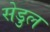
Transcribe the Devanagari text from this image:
सेडुल